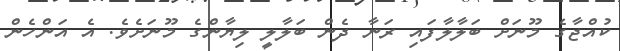
ކުއްޖާގެ މޫނަށް ބަލާލާފައި ރަނާ ދެން ބަލާލީ ލިޔާންގެ މޫނަށެވެ. އެ އަންހެން